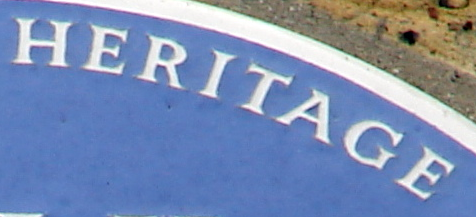
HERITAGE